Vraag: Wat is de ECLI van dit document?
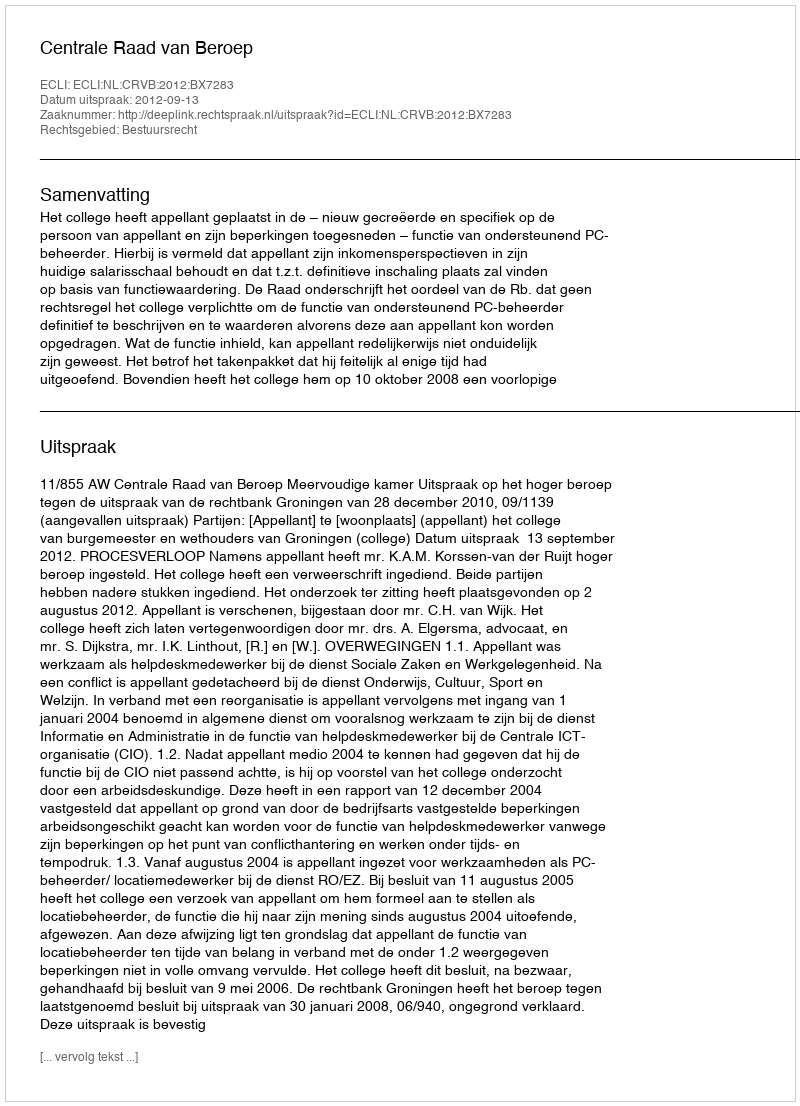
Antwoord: ECLI:NL:CRVB:2012:BX7283